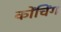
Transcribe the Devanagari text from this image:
कोंचिंग